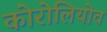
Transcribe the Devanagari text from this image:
कोरोलियोव